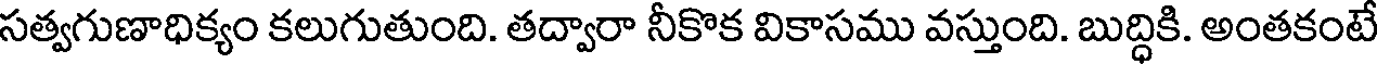
సత్వగుణాధిక్యం కలుగుతుంది. తద్వారా నీకొక వికాసము వస్తుంది. బుద్ధికి. అంతకంటే